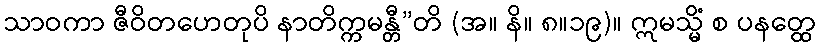
သာဝကာ ဇီဝိတဟေတုပိ နာတိက္ကမန္တီ”တိ (အ။ နိ။ ၈။၁၉)။ ဣမသ္မိံ စ ပနတ္ထေ